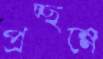
প্রচ্ছন্নে